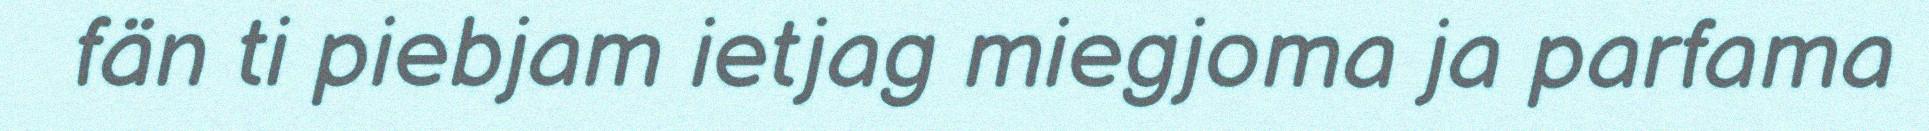
fän ti piebjam ietjag miegjoma ja parfama